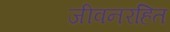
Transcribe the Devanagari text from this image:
जीवनरहित